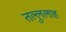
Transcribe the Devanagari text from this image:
तल्लुलाह